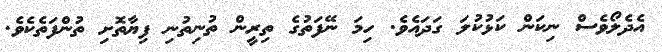
އެދެލޯވެސް ނިކަން ކަޅުކުލަ ގަދައެވެ. ހިމަ ނޭފަތުގެ ތިރީން ތުނިތުނި ފިޔާތޮށި ތުންފަތެކެވެ.